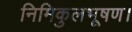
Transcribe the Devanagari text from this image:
निमिकुलभूषण।